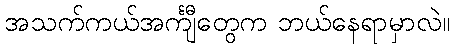
အသက်ကယ်အင်္ကျီတွေက ဘယ်နေရာမှာလဲ။